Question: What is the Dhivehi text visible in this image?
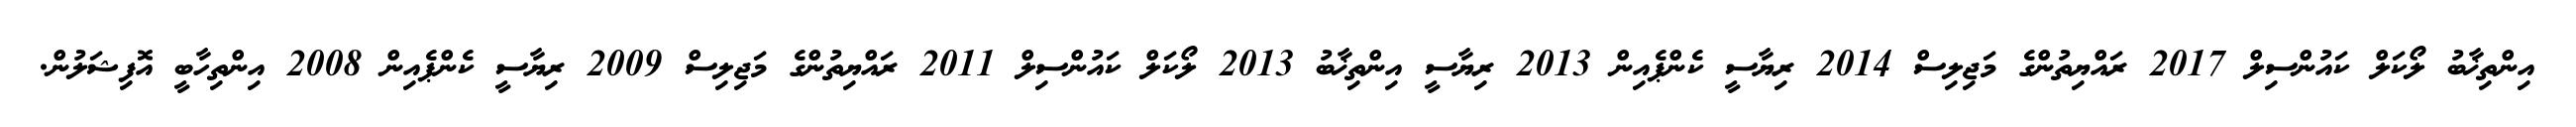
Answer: އިންތިޚާބު ލޯކަލް ކައުންސިލް 2017 ރައްޔިތުންގެ މަޖިލިސް 2014 ރިޔާސީ ކެންޕެއިން 2013 ރިޔާސީ އިންތިޚާބު 2013 ލޯކަލް ކައުންސިލް 2011 ރައްޔިތުންގެ މަޖިލިސް 2009 ރިޔާސީ ކެންޕެއިން 2008 އިންތިހާބީ އޮފިޝަލުން.